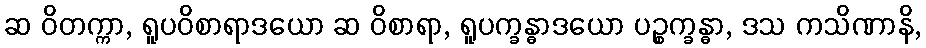
ဆ ဝိတက္ကာ, ရူပဝိစာရာဒယော ဆ ဝိစာရာ, ရူပက္ခန္ဓာဒယော ပဉ္စက္ခန္ဓာ, ဒသ ကသိဏာနိ,